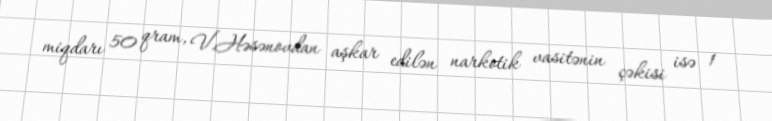
miqdarı 50 qram, V.Həsənovdan aşkar edilən narkotik vasitənin çəkisi isə 1